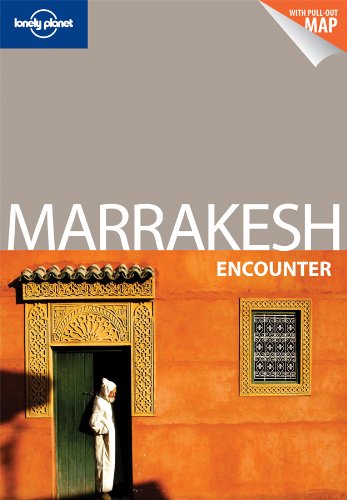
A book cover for Lonely Planet Marrakesh Encounter (Travel Guide); Lonely Planet; Travel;